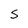
Character: S